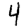
Digit: 4